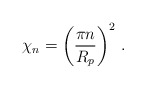
\begin{align*}\chi_n = \left( \frac{\pi n}{R_p} \right)^2 \,.\end{align*}